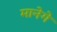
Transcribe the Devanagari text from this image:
मानेगे